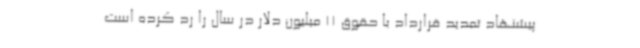
پیشنهاد تمدید قرارداد با حقوق 11 میلیون دلار در سال را رد کرده است